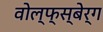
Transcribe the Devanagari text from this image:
वोल्फ्स्बेर्ग